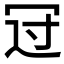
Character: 𠖁